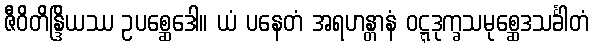
ဇီဝိတိန္ဒြိယဿ ဥပစ္ဆေဒေါ။ ယံ ပနေတံ အရဟန္တာနံ ဝဋ္ဋဒုက္ခသမုစ္ဆေဒသင်္ခါတံ